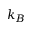
k _ { B }